Black-water fever - Number 35
Disease focus: Fever
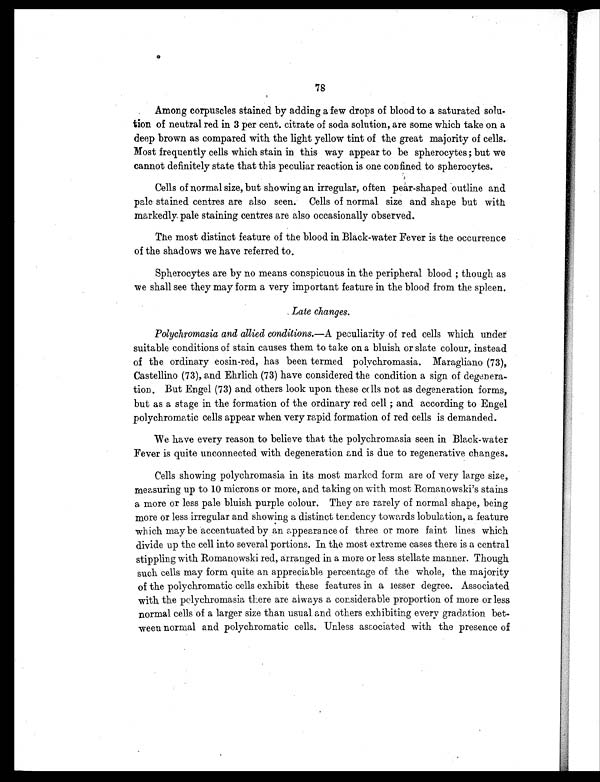
78
Among corpuscles stained by adding a few drops of blood to a saturated solu-
tion of neutral red in 3 per cent, citrate of soda solution, are some which take on a
deep brown as compared with the light yellow tint of the great majority of cells.
Most frequently cells which stain in this way appear to be spherocytes ; but we
cannot definitely state that this peculiar reaction is one confined to spherocytes.
Cells of normal size, but showing an irregular, often pear-shaped outline and
pale stained centres are also seen. Cells of normal size and shape but with
markedly pale staining centres are also occasionally observed.
The most distinct feature of the blood in Black-water Fever is the occurrence
of the shadows we have referred to.
Spherocytes are by no means conspicuous in the peripheral blood ; though as
we shall see they may form a very important feature in the blood from the spleen.
Late changes.
Polychromasia and allied conditions.—A peculiarity of red cells which under
suitable conditions of stain causes them to take on a bluish or slate colour, instead
of the ordinary eosin-red, has been termed polychromasia. Maragliano (73),
Castellino (73), and Ehrlich (73) have considered the condition a sign of degenera-
tion. But Engel (73) and others look upon these cells not as degeneration forms,
but as a stage in the formation of the ordinary red cell ; and according to Engel
polychromatic cells appear when very rapid formation of red cells is demanded.
We have every reason to believe that the polychromasia seen in Black-water
Fever is quite unconnected with degeneration and is due to regenerative changes.
Cells showing polychromasia in its most marked form are of very large size,
measuring up to 10 microns or more, and taking on with most Romanowski's stains
a more or less pale bluish purple colour. They are rarely of normal shape, being
more or less irregular and showing a distinct tendency towards lobulation, a feature
which may be accentuated by an appearance of three or more faint lines which
divide up the cell into several portions. In the most extreme cases there is a central
stippling with Romanowski red, arranged in a more or less stellate manner. Though
such cells may form quite an appreciable percentage of the whole, the majority
of the polychromatic cells exhibit these features in a lesser degree. Associated
with, the polychromasia there are always a considerable proportion of more or less
normal cells of a larger size than usual and others exhibiting every gradation bet-
ween normal and polychromatic cells. Unless associated with the presence of
tit